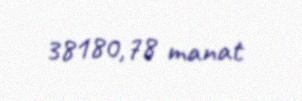
38180,78 manat